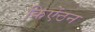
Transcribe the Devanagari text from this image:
किऐंठन